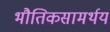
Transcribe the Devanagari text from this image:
भौतिकसामर्थय